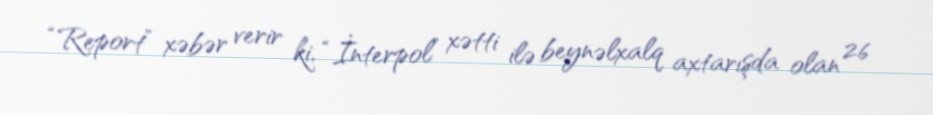
“Report” xəbər verir ki, “İnterpol” xətti ilə beynəlxalq axtarışda olan 26